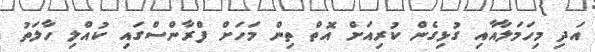
އަދި މިހަމަލާއާއި ގުޅިގެން ކުރިއަށް އޮތް ތިން މަހަށް ފްރާންސްގައި ކުއްލި ހާލަތު